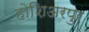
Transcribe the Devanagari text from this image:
होशिअरपुर